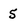
Character: 5